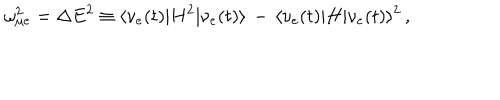
\omega _ { \mu e } ^ { 2 } = \Delta E ^ { 2 } \equiv \langle \nu _ { e } ( t ) | H ^ { 2 } | \nu _ { e } ( t ) \rangle \, - \, \langle \nu _ { e } ( t ) | H | \nu _ { e } ( t ) \rangle ^ { 2 } \, ,